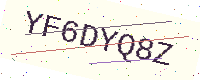
Text: YF6DYQ8Z